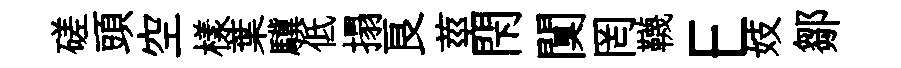
磋頭空樣葉驥低搨良莖閇闃罔韈E妓鄒